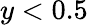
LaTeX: y<0.5